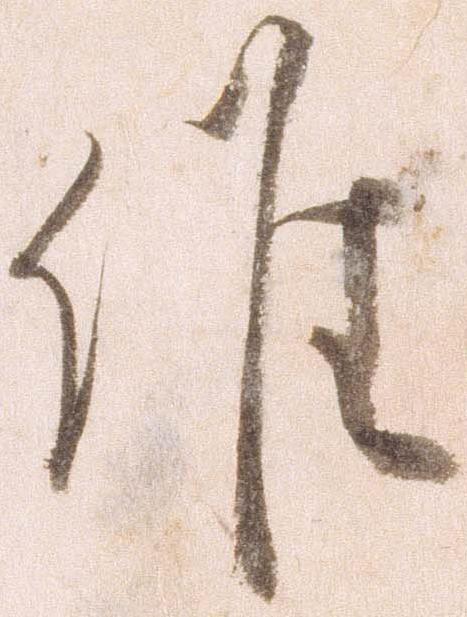
候